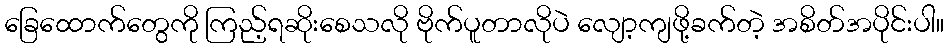
ခြေထောက်တွေကို ကြည့်ရဆိုးစေသလို ဗိုက်ပူတာလိုပဲ လျော့ကျဖို့ခက်တဲ့ အစိတ်အပိုင်းပါ။